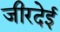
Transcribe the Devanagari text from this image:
जीरदेई